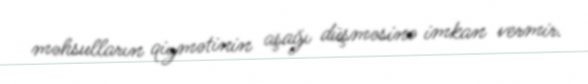
məhsulların qiymətinin aşağı düşməsinə imkan vermir.